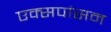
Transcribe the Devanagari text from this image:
एक्सपांसन